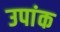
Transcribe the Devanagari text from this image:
उपांक